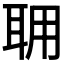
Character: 𦕘